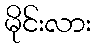
မိုင်းလား